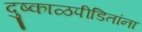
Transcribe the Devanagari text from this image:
दुष्काळपीडितांना